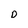
Character: D